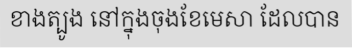
ខាងត្បូង នៅក្នុងចុងខែមេសា ដែលបាន